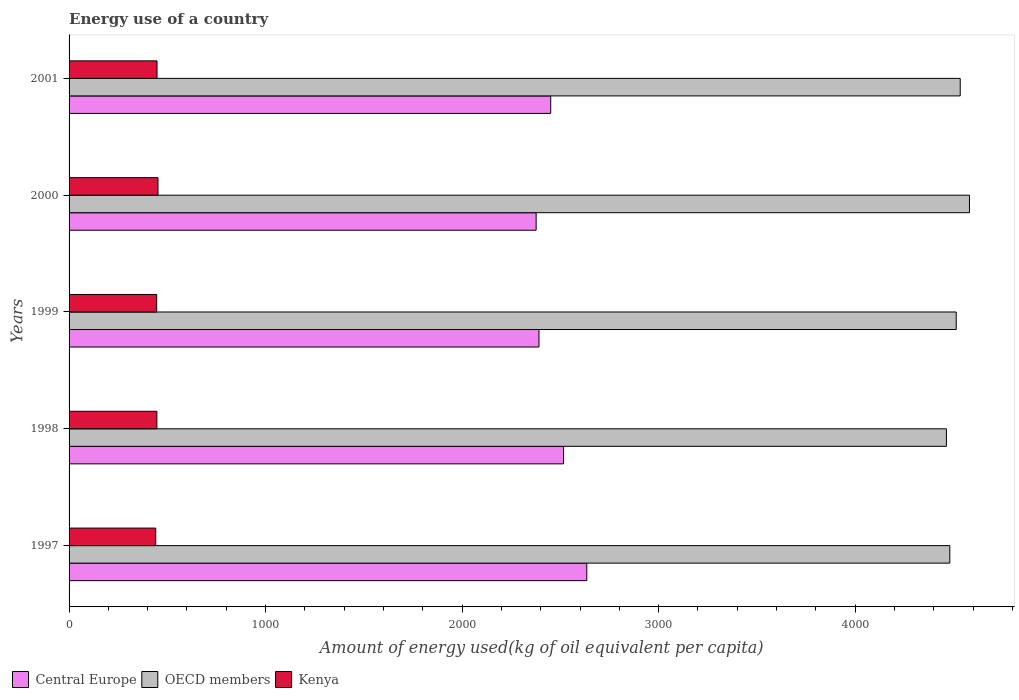
| Years | Central Europe | OECD members | Kenya |
 | --- | --- | --- | --- |
 | 1997 | 2.63e+03 | 4.48e+03 | 441 |
 | 1998 | 2.52e+03 | 4.46e+03 | 447 |
 | 1999 | 2.39e+03 | 4.51e+03 | 446 |
 | 2000 | 2.38e+03 | 4.58e+03 | 452 |
 | 2001 | 2.45e+03 | 4.53e+03 | 447 |